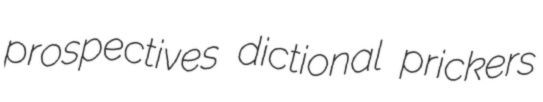
prospectives dictional prickers